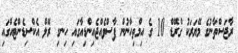
ރާޖަސްތާނުގެ މޭޔަރަކު ގްރޭޑް 10 ގެ އިމްތިހާނުން ފާސްވެއްޖެއިންޑިއާގައި ހިނގި ރޭލް އެކްސިޑެންޓެއްގައި